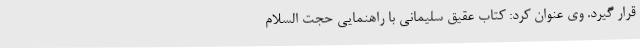
قرار گیرد. وی عنوان کرد: کتاب عقیق سلیمانی با راهنمایی حجت السلام